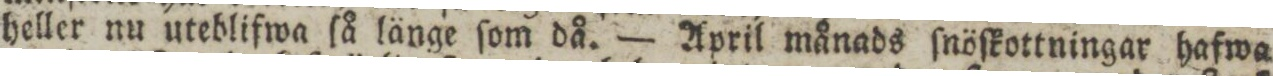
heller nu uteblifwa ſå länge ſom då. — April månads ſnöſkottningar hafwa